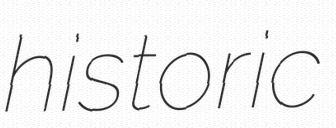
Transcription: historic